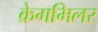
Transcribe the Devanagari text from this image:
क्रेगमिलर